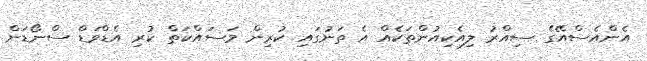
އެންއެސްއޭގެ ސިއްރު ލިއެކިއުންތަކެއް އެ ތަނުގައި ކުރިން މަސައްކަތް ކުރި އެޑްވަޑް ސްނޯޑަން